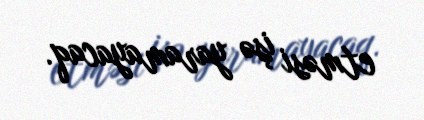
etməsi işə yaramayacaq.